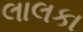
લાલકા